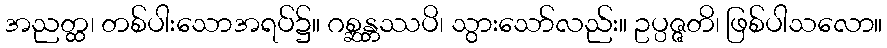
အညတ္ထ၊ တစ်ပါးသောအရပ်၌။ ဂစ္ဆန္တဿပိ၊ သွားသော်လည်း။ ဥပ္ပဇ္ဇတိ၊ ဖြစ်ပါသလော။